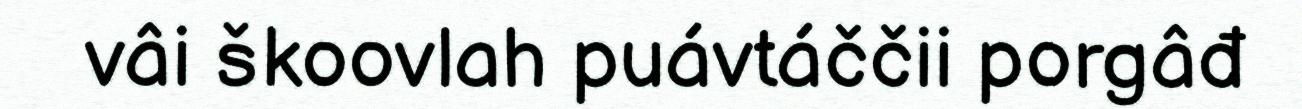
vâi škoovlah puávtáččii porgâđ